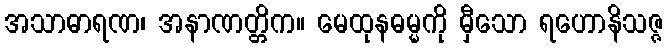
အသာဓာရဏ၊ အနာဏတ္တိက။ မေထုနဓမ္မကို မှီသော ရဟောနိသဇ္ဇ